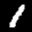
Label: 1